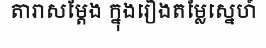
តារាសម្តែង ក្នុងរឿងតម្លៃស្នេហ៍